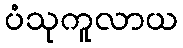
ပံသုကူလာယ